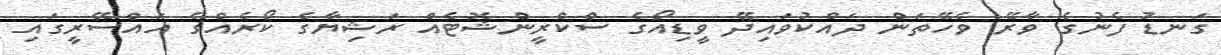
ގަނޑު ފެނުގެ ވާރޭ ވެހޭތަން ދައްކުވައިދޭ ވީޑިއޯގެ ސްކްރީންޝޮޓެއް ރަޝިޔާގެ ކޯރެއްގެ އައްސޭރީގައި